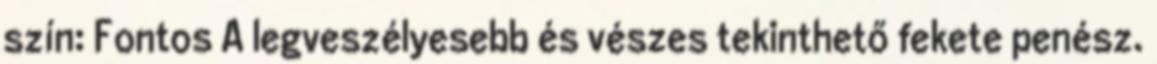
szín: Fontos A legveszélyesebb és vészes tekinthető fekete penész.